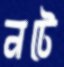
নটে